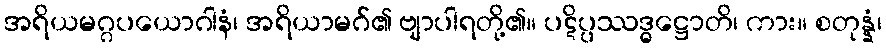
အရိယမဂ္ဂပယောဂါနံ၊ အရိယာမဂ်၏ ဗျာပါရတို့၏။ ပဋိပ္ပဿဒ္ဓဋ္ဌောတိ၊ ကား။ စတုန္နံ၊